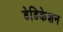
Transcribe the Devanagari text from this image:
डेडिकेशन